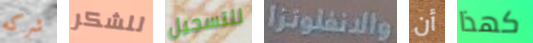
شركه للشكر للتسجيل والانفلونزا أن كهذا